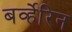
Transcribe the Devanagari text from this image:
बर्व्हेरिन